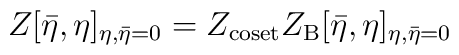
Z[{\bar \eta},\eta]_ {\eta,\bar\eta=0} =Z_{{\rm coset}}Z_{{\rm B}}[{\bar \eta},\eta] _{\eta,\bar\eta=0}